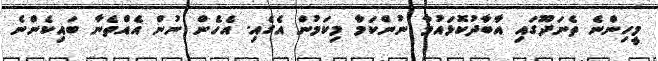
މީހިންނެ ތެނަދޫގައި އާބާދުކޮޅައުމާ ނުންކަމާ މިކަމުން އެގެއި. އެހެން ނުން އެއްތެނާ ބައިކެންނެ